Annual report on the health of the army in India
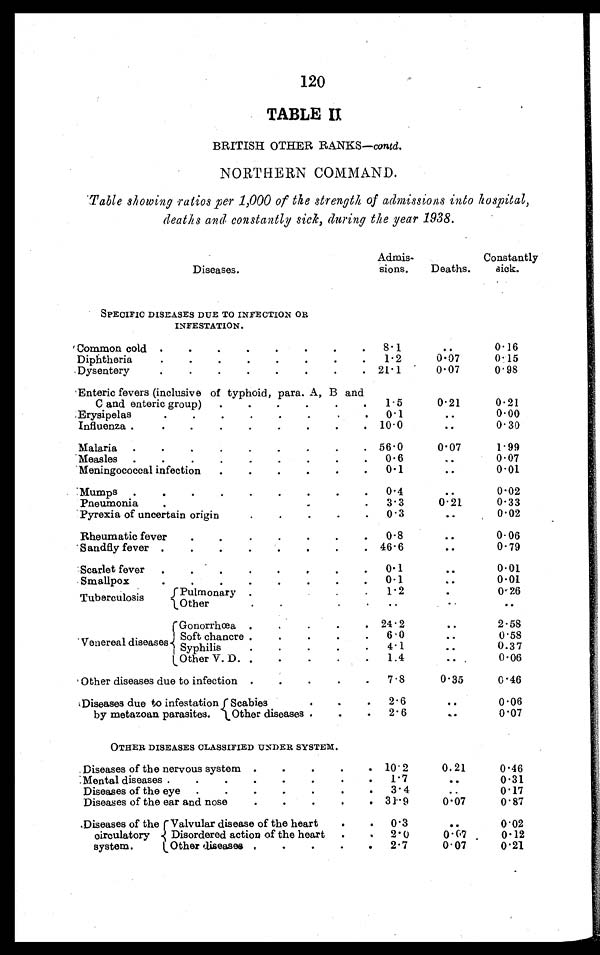
120
TABLE II
BRITISH OTHER RANKS— contd .
NORTHERN COMMAND.
Table showing ratios per 1,000 of the strength of admissions into hospital,
deaths and constantly sick, during the year 1938.
Diseases.
Admis-
sions.
Deaths.
Constantly
sick.
SPECIFIC DISEASES DUE TO INFECTION OR
INFESTATION.
Common cold
. . .
8.1
. . .
0.16
Diphtheria
. . .
1.2
0.07
0.15
Dysentery
. . .
21.1
0.07
0.98
Enteric fevers (inclusive of typhoid, para. A, B and
C and enteric group)
. . .
1.5
0.21
0.21
E r y s i p e l a s . . .
0.1
. . .
0.00
Influenza . . .
10.0
. . .
0.30
Malaria
. . .
56.0
0.07
1.99
Measles
. . .
0.6
. . .
0.07
Meningococcal infection
. . .
0.1
. . .
0.01
Mumps
. . .
0 . 4
. . .
0.02
Pneumonia
. . .
3.3
0.21
0.33
Pyrexia of uncertain origin
. . .
0.3
. . .
0.02
Rheumatic fever
. . .
0.8
. . .
0.06
S a n d f l y f e v e r
. . .
46.6
. . .
0.79
Scarlet fever
. . .
0.1
. . .
0.01
Smallpox . . .
0.1
. . .
0.01
Tuberculosis
Pulmonary
. . .
1.2
. . .
0.26
Other. . .
. . .
. . .
...
Venereal diseases
Gonorrhœa
. . . 24.2
. . .
2.58
Soft chancre . . .
6 • 0
. . .
0.58
Syphilis
. . . 4.1
. . .
0.37
Other V. D.
. . . 1.4
. . .
0.06
Other diseases due to infection . . .
7.8
0.35
0.46
Diseases due to infestation
by metazoan parasites.
Scabies
. . . 2.6
. . .
0.06
Other diseases . . .
2.6
. . .
0.07
OTHER DISEASES CLASSIFIED UNDER SYSTEM.
Diseases of the nervous system . . .
10. 2
0.21
0.46
Mental diseases . . .
1.7
. . .
0.31
Diseases of the eye
. . .
3 . 4
. . .
0.17
Diseases of the ear and nose
. . .
31.9
0.07
0.87
Diseases of the
circulatory
system.
Valvular disease of the heart
. . . 0.3
. . .
0.02
Disordered action of the heart
. . . 2. 0
0.07
0.12
Other diseases . . .
2.7
0.07
0. 21